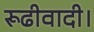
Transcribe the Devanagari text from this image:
रूढीवादी।